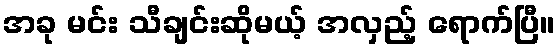
အခု မင်း သီချင်းဆိုမယ့် အလှည့် ရောက်ပြီ။